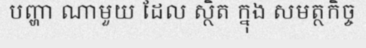
បញ្ហា ណាមួយ ដែល ស្ថិត ក្នុង សមត្ថកិច្ច